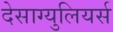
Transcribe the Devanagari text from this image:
देसाग्युलियर्स